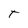
Character: t